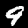
Digit: 9